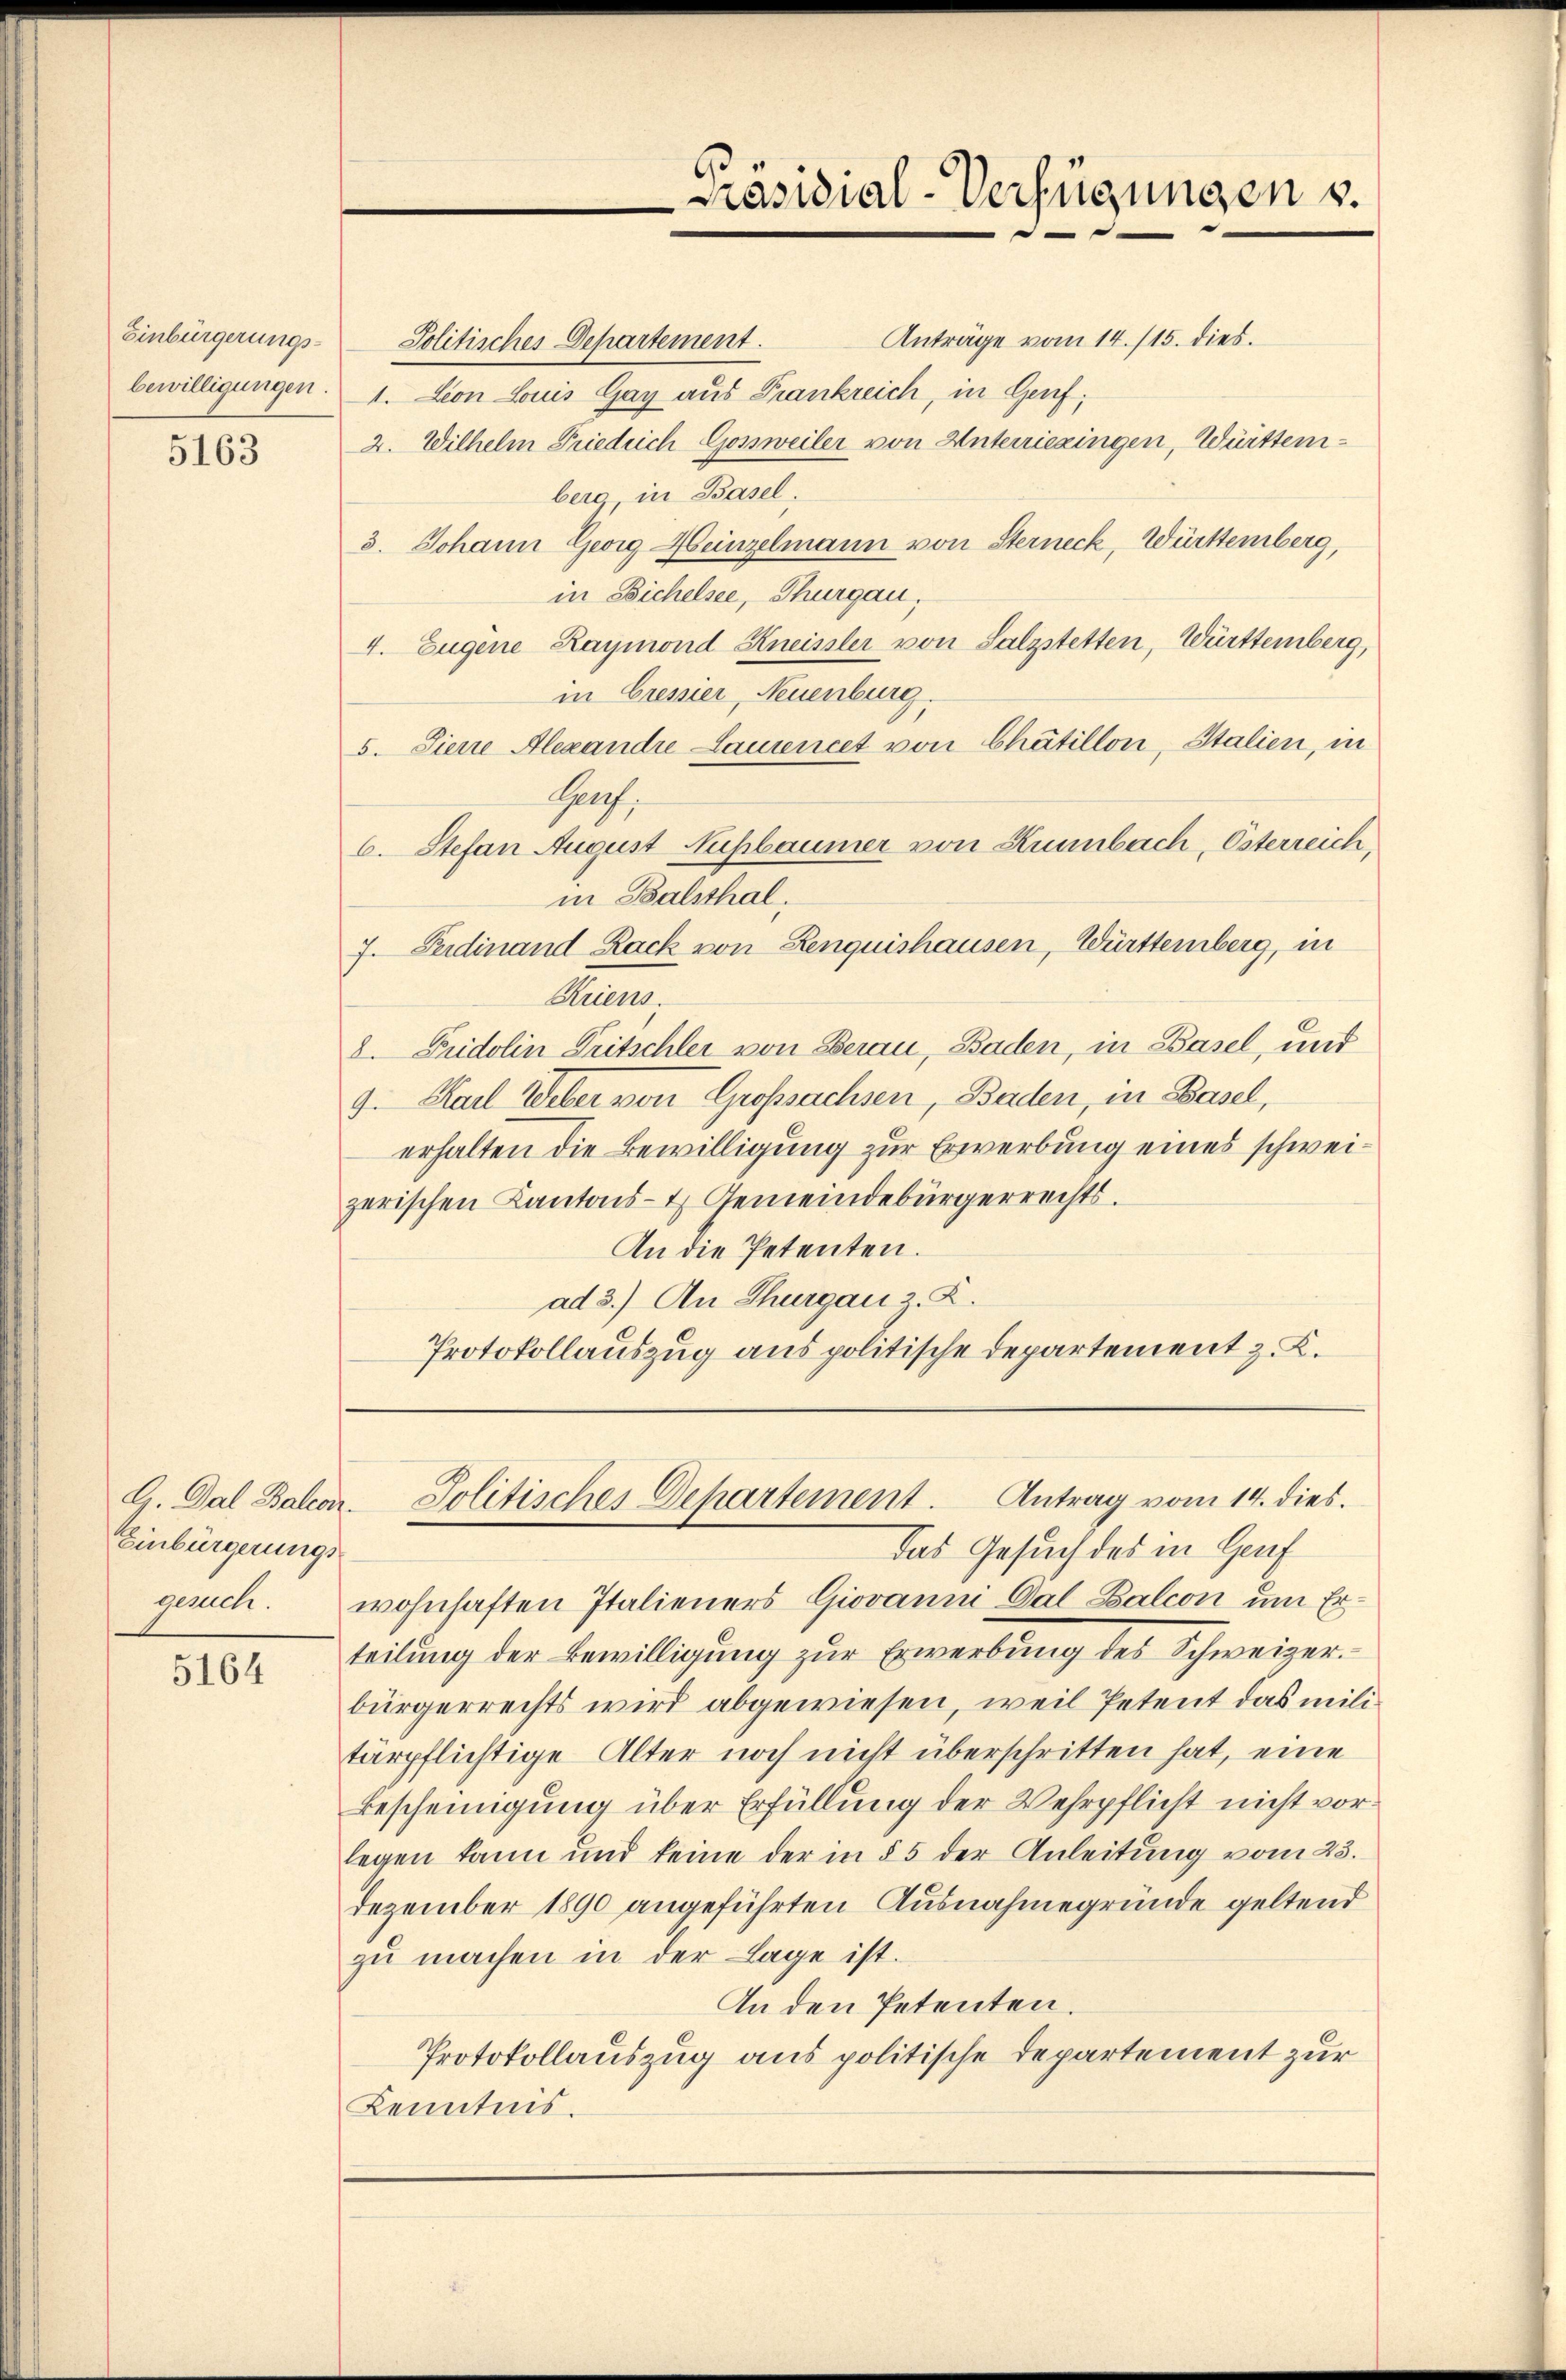
5163

G. Dal Baleon
Einbürgerungs

5164

Anträge vom 14. 115. dies.
Einbürgerungs- Politisches Departement.
bewilligungen. 1. Lion Louis Gay aus Frankreich, in Genf;
2. Wilhelm Friedrich Gossweiler von Unterriezingen, Württemberg, in Basel,
3. Johann Georg Heinzelmann von Sterneck, Württemberg,
in Bichelsee, Thurgau,
4. Eugene Raymond Kneissler von Salzstetten, Württemberg,
in Cressier, Neuenburg.
5. Siene Alexandre Lamencet von Chätillon, Italien, in
Hach,
6. Stefan August Nußbaumer von Kunnbach, Österreich,
in Balsthal,
7. Ferdinand Rack von Renquishausen, Württemberg, in
Kriens.
8. Fridolin Tritschlei von Berau, Baden, in Basel, und
9. Karl Weber von Großsachsen, Baden, in Basel,
erhalten die Bewilligung zur Erwerbung eines schweizerischen Kantons- & Gemeindebürgerrechts.
An die Petenten.
ad 3.) An Thurgau z. R.
Protokollauszug aus politische Departement z. K.

Präsidial-Verfügungen u.

Politisches Departement. Antrag vom 14. dies.
Das Gesuch des in Gruf

gesuch. wohnhaften Italieners Giovanni Dal Balcon um Erteilung der Bewilligung zur Erwerbung des Schweizer
bürgerrechts wird abgewiesen, weil Petent das militärpflichtige Alter noch nicht überschritten hat, eine
Bescheinigung über Erfüllung der Wehrpflicht nicht vorlegen kann und keine der in § 5 der Anleitung vom 23.
Dezember 1890 angeführten Ausnahmegründe geltend
zu machen in der Lage ist.
An den Petenten.
Protokollauszug aus politische Departement zur
Kenntnis.